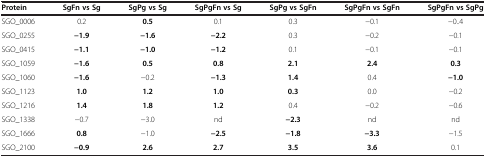
<table><thead><tr><td><b>Protein</b></td><td><b>SgFn vs Sg</b></td><td><b>SgPg vs Sg</b></td><td><b>SgPgFn vs Sg</b></td><td><b>SgPg vs SgFn</b></td><td><b>SgPgFn vs SgFn</b></td><td><b>SgPgFn vs SgPg</b></td></tr></thead><tbody><tr><td>SGO_0006</td><td>0.2</td><td><b>0.5</b></td><td>0.1</td><td>0.3</td><td>−0.1</td><td>−0.4</td></tr><tr><td>SGO_0255</td><td><b>−1.9</b></td><td><b>−1.6</b></td><td><b>−2.2</b></td><td>0.3</td><td>−0.2</td><td>−0.1</td></tr><tr><td>SGO_0415</td><td><b>−1.1</b></td><td><b>−1.0</b></td><td><b>−1.2</b></td><td>0.1</td><td>−0.1</td><td>−0.1</td></tr><tr><td>SGO_1059</td><td><b>−1.6</b></td><td><b>0.5</b></td><td><b>0.8</b></td><td><b>2.1</b></td><td><b>2.4</b></td><td><b>0.3</b></td></tr><tr><td>SGO_1060</td><td><b>−1.6</b></td><td>−0.2</td><td><b>−1.3</b></td><td><b>1.4</b></td><td>0.4</td><td><b>−1.0</b></td></tr><tr><td>SGO_1123</td><td><b>1.0</b></td><td><b>1.2</b></td><td><b>1.0</b></td><td><b>0.3</b></td><td>0.0</td><td>−0.2</td></tr><tr><td>SGO_1216</td><td><b>1.4</b></td><td><b>1.8</b></td><td><b>1.2</b></td><td>0.4</td><td>−0.2</td><td>−0.6</td></tr><tr><td>SGO_1338</td><td>−0.7</td><td>−3.0</td><td>nd</td><td><b>−2.3</b></td><td>nd</td><td>nd</td></tr><tr><td>SGO_1666</td><td><b>0.8</b></td><td>−1.0</td><td><b>−2.5</b></td><td><b>−1.8</b></td><td><b>−3.3</b></td><td>−1.5</td></tr><tr><td>SGO_2100</td><td><b>−0.9</b></td><td><b>2.6</b></td><td><b>2.7</b></td><td><b>3.5</b></td><td><b>3.6</b></td><td>0.1</td></tr></tbody></table>